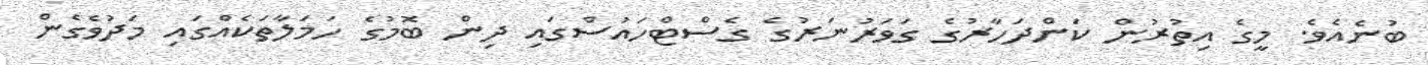
ބުނެއެވެ. މީގެ އިތުރުން ކަންދަހާރުގެ ގަވަރުނަރުގެ ގެސްޓްހައުސްގައި ދިން ބޮމުގެ ހަމަލާތަކެއްގައި މަދުވެގެން